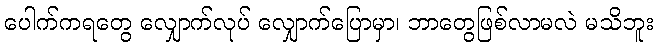
ပေါက်ကရတွေ လျှောက်လုပ် လျှောက်ပြောမှာ၊ ဘာတွေဖြစ်လာမလဲ မသိဘူး